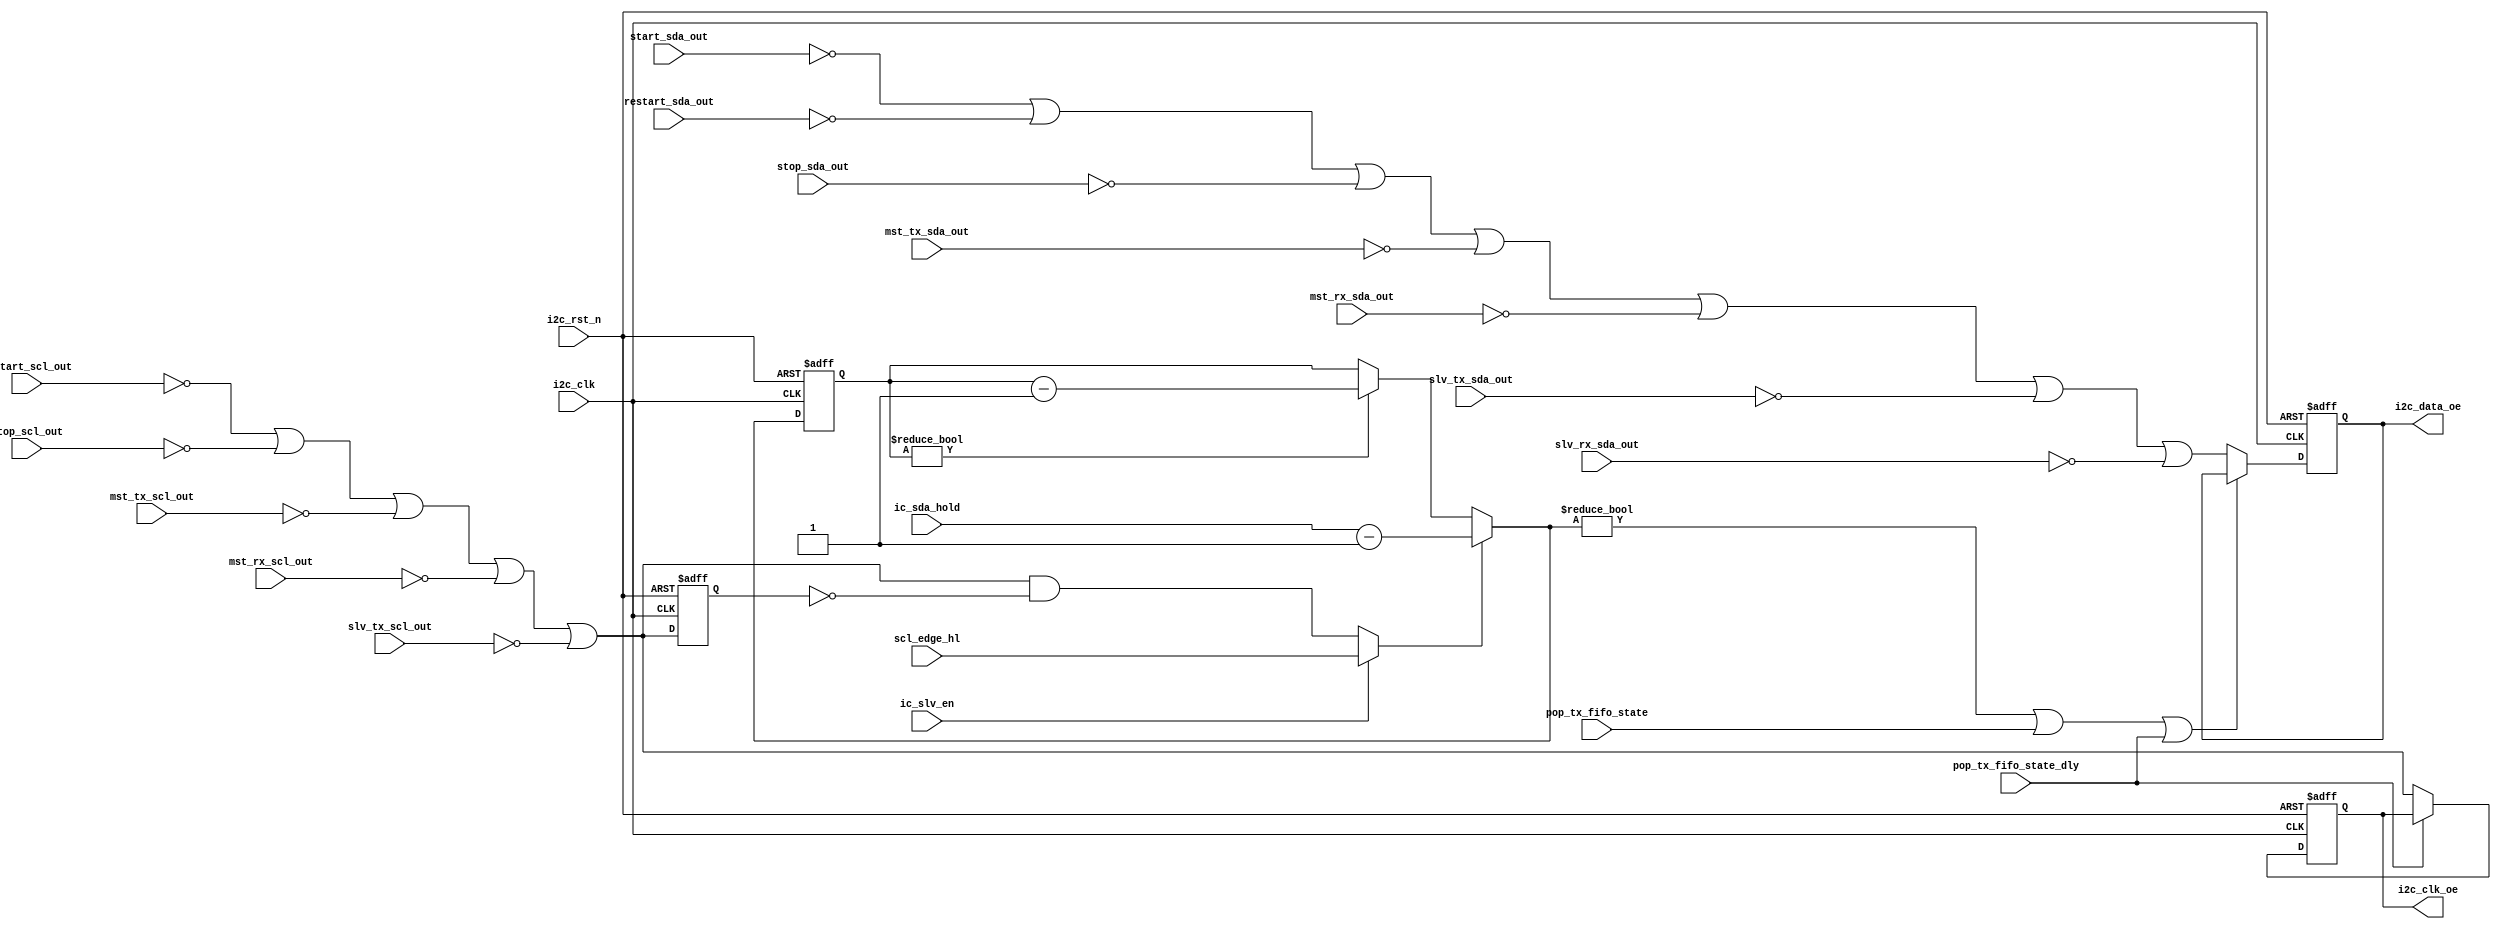
// (C) 2001-2018 Intel Corporation. All rights reserved.
// Your use of Intel Corporation's design tools, logic functions and other 
// software and tools, and its AMPP partner logic functions, and any output 
// files from any of the foregoing (including device programming or simulation 
// files), and any associated documentation or information are expressly subject 
// to the terms and conditions of the Intel Program License Subscription 
// Agreement, Intel FPGA IP License Agreement, or other applicable 
// license agreement, including, without limitation, that your use is for the 
// sole purpose of programming logic devices manufactured by Intel and sold by 
// Intel or its authorized distributors.  Please refer to the applicable 
// agreement for further details.


`timescale 1 ps / 1 ps
module altr_i2c_txout (
    input           i2c_clk,
    input           i2c_rst_n,
    input [15:0]    ic_sda_hold,
    input           start_sda_out,
    input           restart_sda_out,
    input           stop_sda_out,
    input           mst_tx_sda_out,
    input           mst_rx_sda_out,
    input           slv_tx_sda_out,
    input           slv_rx_sda_out,
    input           restart_scl_out,
    input           stop_scl_out,
    input           mst_tx_scl_out,
    input           mst_rx_scl_out,
    input           slv_tx_scl_out,
    input           pop_tx_fifo_state,
    input           pop_tx_fifo_state_dly,
    input           ic_slv_en,
    input           scl_edge_hl,

    output          i2c_data_oe,
    output          i2c_clk_oe

);

reg         data_oe;
reg         clk_oe;
reg         clk_oe_nxt_dly;
reg [15:0]  sda_hold_cnt;
reg [15:0]  sda_hold_cnt_nxt;

wire        data_oe_nxt;
wire        clk_oe_nxt;
wire        clk_oe_nxt_hl;
wire        load_sda_hold_cnt;
wire        sda_hold_en;

assign data_oe_nxt  =   ~start_sda_out   |
                        ~restart_sda_out |
                        ~stop_sda_out    |
                        ~mst_tx_sda_out  |
                        ~mst_rx_sda_out |
                        ~slv_tx_sda_out |
                        ~slv_rx_sda_out;

assign clk_oe_nxt   =   ~restart_scl_out |
                        ~stop_scl_out    |
                        ~mst_tx_scl_out  |
                        ~mst_rx_scl_out |
                        ~slv_tx_scl_out;

assign clk_oe_nxt_hl        = clk_oe_nxt & ~clk_oe_nxt_dly;
assign load_sda_hold_cnt    = ic_slv_en ? scl_edge_hl : clk_oe_nxt_hl;
assign sda_hold_en          = (sda_hold_cnt_nxt != 16'h0) | pop_tx_fifo_state | pop_tx_fifo_state_dly;

assign i2c_data_oe  = data_oe;
assign i2c_clk_oe   = clk_oe;

always @(posedge i2c_clk or negedge i2c_rst_n) begin
    if (!i2c_rst_n)
        clk_oe_nxt_dly <= 1'b0;
    else
        clk_oe_nxt_dly <= clk_oe_nxt;
end

always @(posedge i2c_clk or negedge i2c_rst_n) begin
    if (!i2c_rst_n)
        data_oe <= 1'b0;
    else if (sda_hold_en)
        data_oe <= data_oe;
    else
        data_oe <= data_oe_nxt;
end

always @(posedge i2c_clk or negedge i2c_rst_n) begin
    if (!i2c_rst_n)
        clk_oe <= 1'b0;
    else if (pop_tx_fifo_state_dly)
        clk_oe <= clk_oe;
    else
        clk_oe <= clk_oe_nxt;
end

always @(posedge i2c_clk or negedge i2c_rst_n) begin
    if (!i2c_rst_n)
        sda_hold_cnt <= 16'h0;
    else
        sda_hold_cnt <= sda_hold_cnt_nxt;
end

always @* begin
    if (load_sda_hold_cnt)
        sda_hold_cnt_nxt = (ic_sda_hold - 16'h1);
    else if (sda_hold_cnt != 16'h0)
        sda_hold_cnt_nxt = sda_hold_cnt - 16'h1;
    else
        sda_hold_cnt_nxt = sda_hold_cnt;
end

endmodule